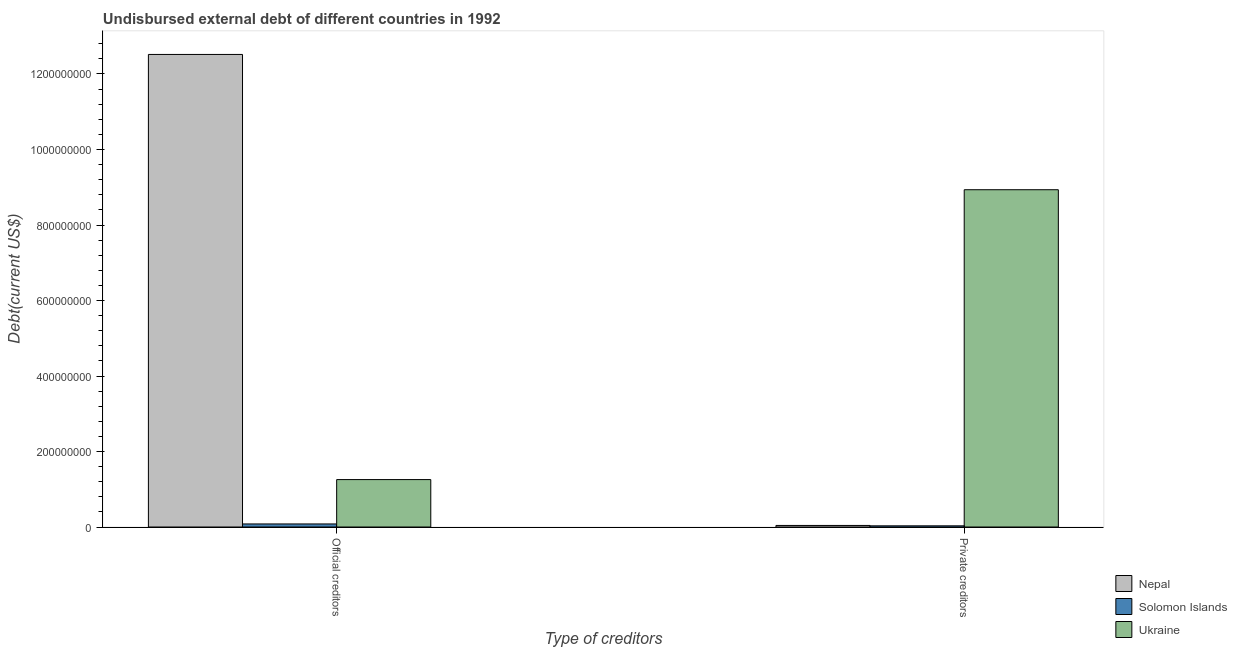
| Type of creditors | Nepal | Solomon Islands | Ukraine |
 | --- | --- | --- | --- |
 | Official creditors | 1.25e+09 | 8.13e+06 | 1.26e+08 |
 | Private creditors | 4.14e+06 | 3.13e+06 | 8.93e+08 |